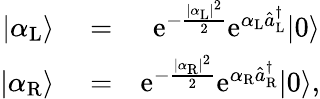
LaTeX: \begin{array}{rlr}{|\alpha_{\mathrm{L}}\rangle}&{{}=}&{\mathrm{e}^{-\frac{|\alpha_{\mathrm{L}}|^{2}}{2}}\mathrm{e}^{\alpha_{\mathrm{L}}\hat{a}_{\mathrm{L}}^{\dagger}}|0\rangle}\\ {|\alpha_{\mathrm{R}}\rangle}&{{}=}&{\mathrm{e}^{-\frac{|\alpha_{\mathrm{R}}|^{2}}{2}}\mathrm{e}^{\alpha_{\mathrm{R}}\hat{a}_{\mathrm{R}}^{\dagger}}|0\rangle,}\end{array}